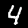
Label: 4